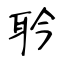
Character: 耹